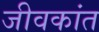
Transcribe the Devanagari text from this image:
जीवकांत